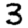
Digit: 3